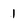
Character: 1